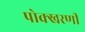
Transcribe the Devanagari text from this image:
पोक्खरणी